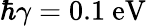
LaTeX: \hbar\gamma=0.1\ \mathrm{eV}